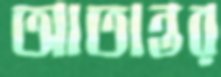
আতান্তর